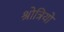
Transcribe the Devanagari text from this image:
श्रोत्रियो